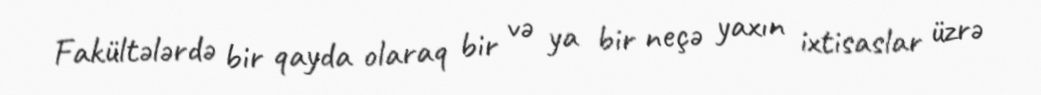
Fakültələrdə bir qayda olaraq bir və ya bir neçə yaxın ixtisaslar üzrə